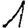
Digit: 1